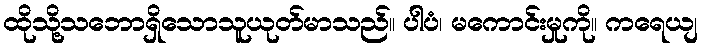
ထိုသို့သဘောရှိသောသူယုတ်မာသည်။ ပါပံ၊ မကောင်းမှုကို။ ကရေယျ